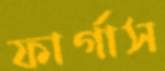
ফার্গাস